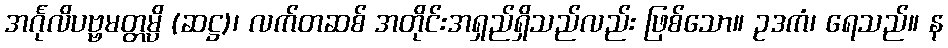
အင်္ဂုလိပဗ္ဗမတ္တမ္ပိ (ဆဋ္ဌ)၊ လက်တဆစ် အတိုင်းအရှည်ရှိသည်လည်း ဖြစ်သော။ ဥဒကံ၊ ရေသည်။ န